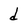
Character: d